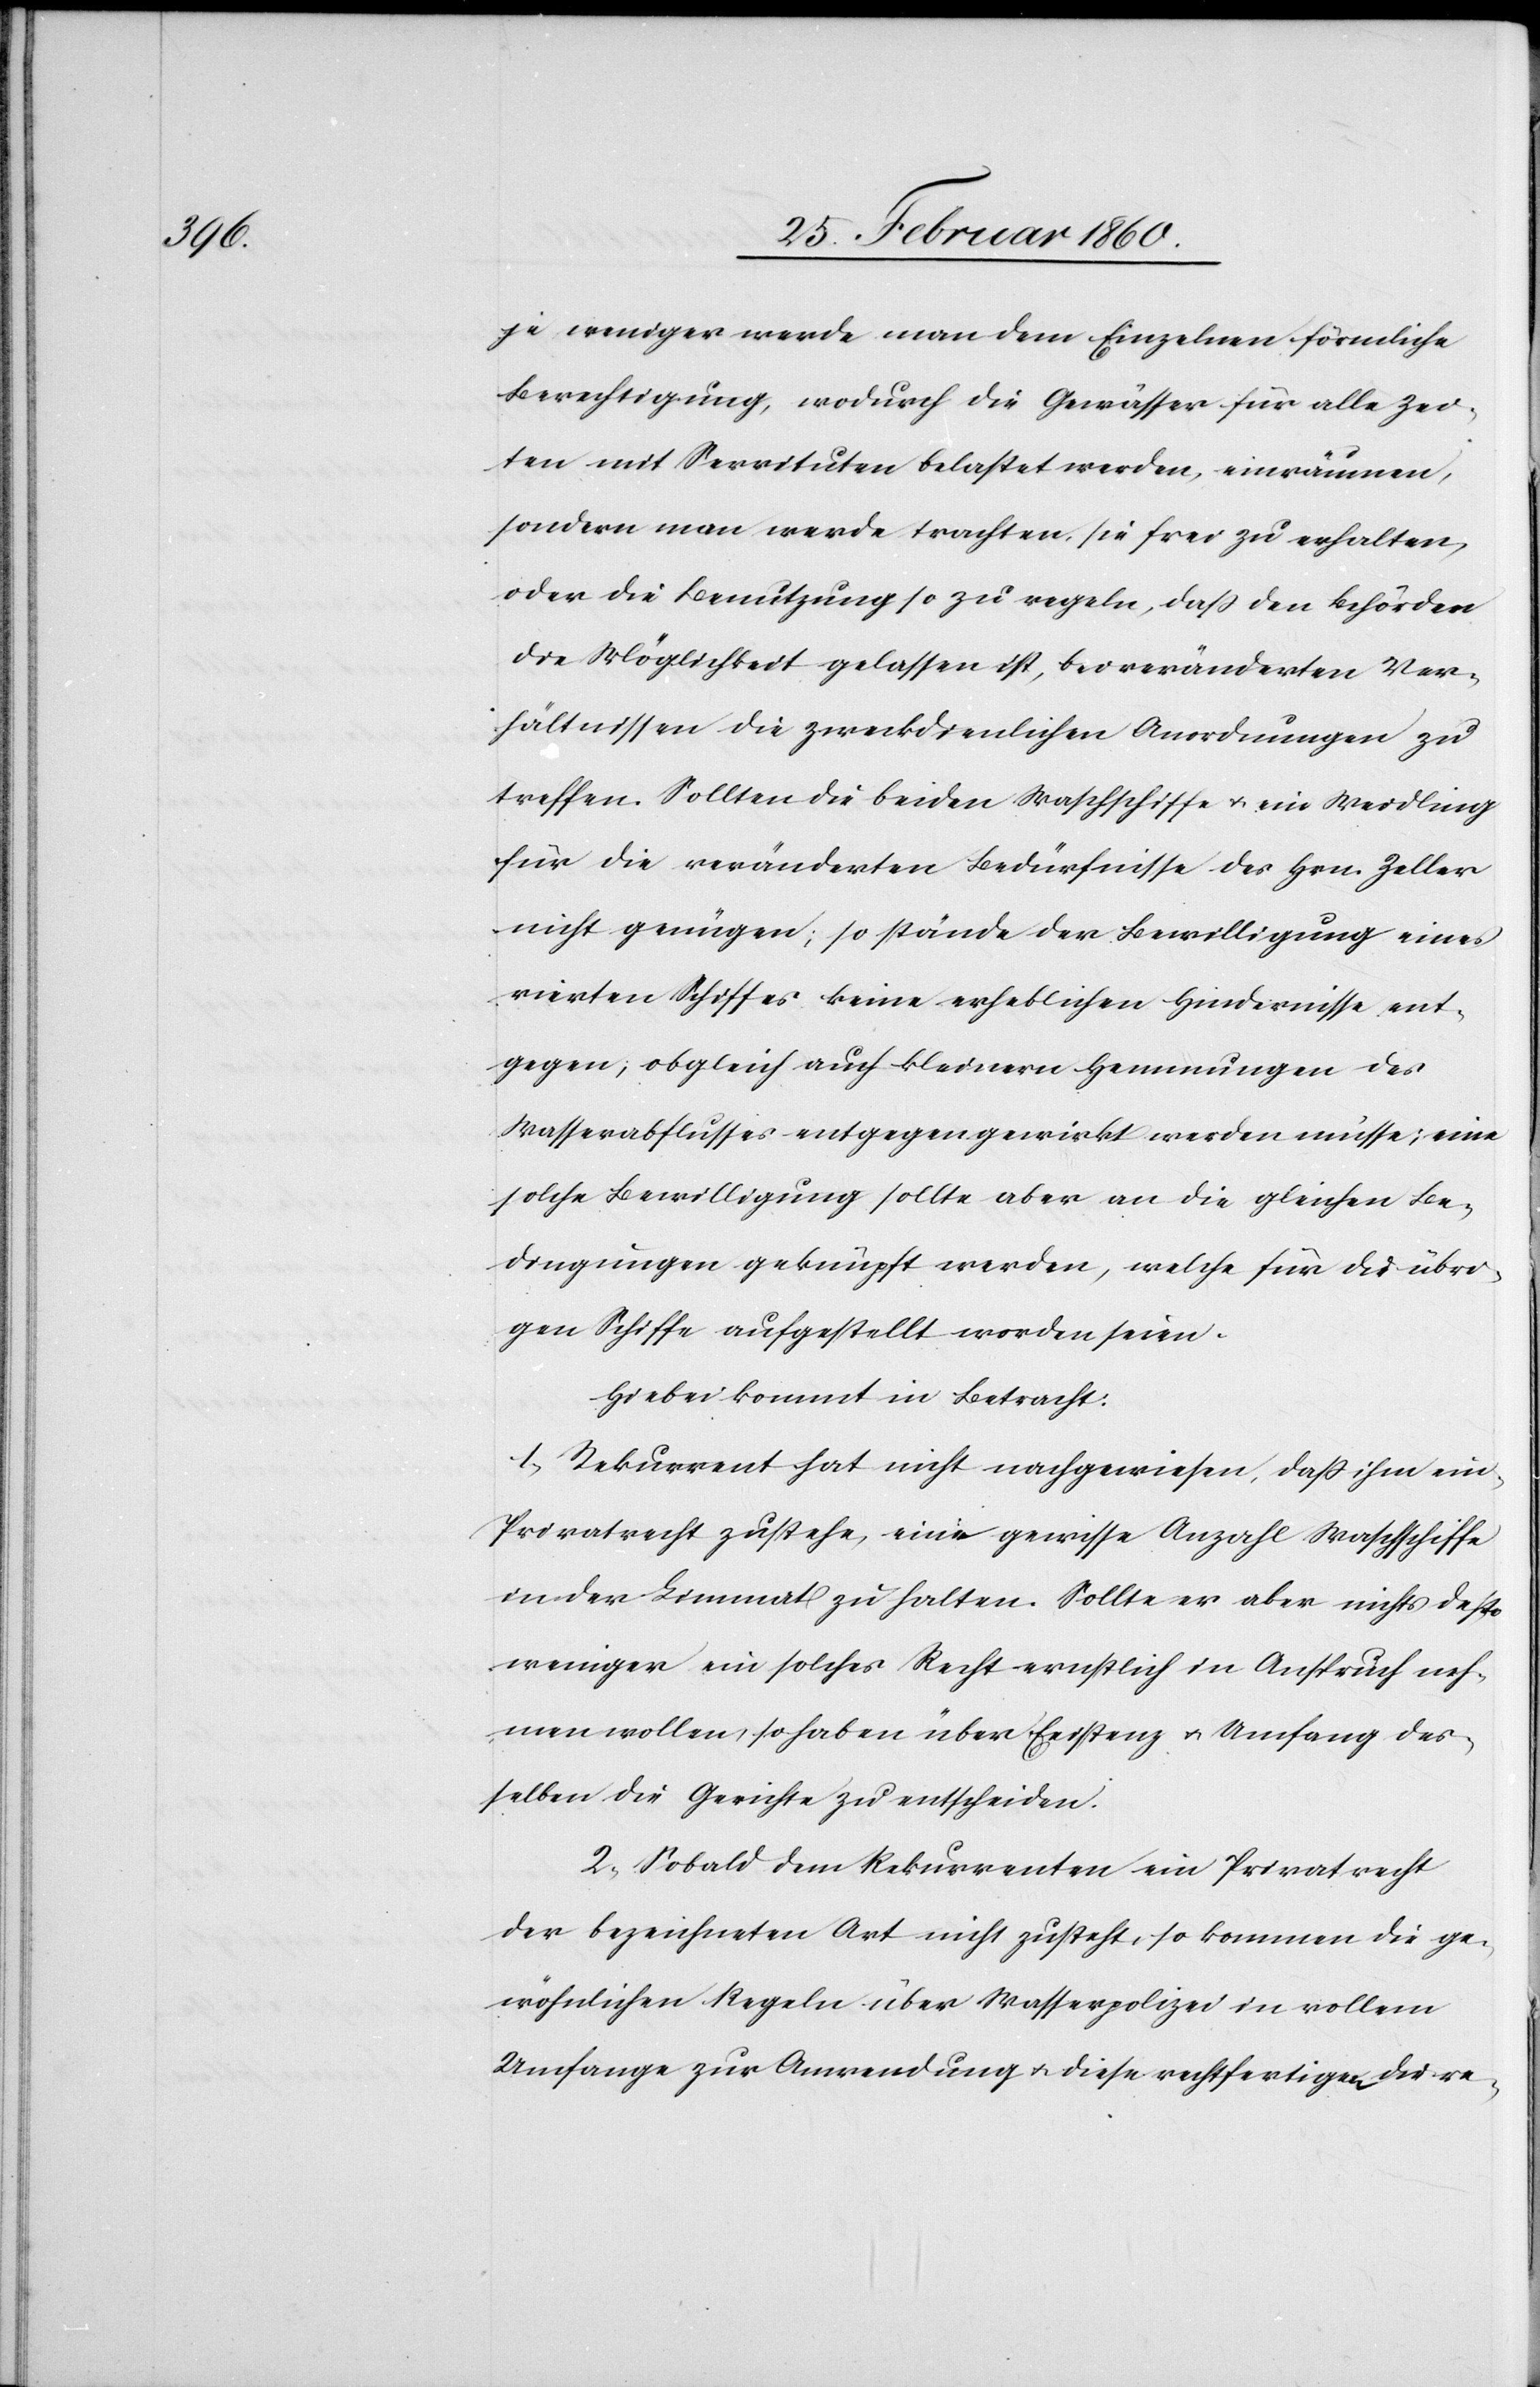
je weniger werde man dem Einzelnen förmliche
Berechtigung, wodurch die Gewässer für alle Zei¬
ten mit Servituten belastet werden, einräumen,
sondern man werde trachten, sie frei zu erhalten,
oder die Benutzung so zu regeln, dass den Behörden
die Möglichkeit gelassen ist, bei veränderten Ver¬
hältnissen die zweckdienliche Anordnungen zu
treffen. Sollten die beiden Waschschiffe u. ein Weidling
für die veränderten Bedürfnisse des Hrn. Zeller
nicht genügen, so stände der Bewilligung eines
vierten Schiffes keine erheblichen Hindernisse ent¬
gegen; obgleich auch kleineren Hemmungen des
Wasserabflusses entgegengewirkt werden müsse; eine
solche Bewilligung sollte aber an die gleichen Be¬
dingungen geknüpft werden, welche für die übri¬
gen Schiffe aufgestellt worden seien.
Hiebei kommt in Betracht:
1. Rekurrent hat nicht nachgewiesen, dass ihm ein
Privatrecht zustehe, eine gewisse Anzahl Waschschiffe
in der Limmat zu halten. Sollte er aber nichts desto
weniger ein solches Recht ernstlich in Anspruch neh¬
men wollen, so haben über Existenz u. Umfang des¬
selben die Gerichte zu entscheiden.
2. Sobald dem Rekurrenten ein Privatrecht
der bezeichneten Art nicht zustehe, so kommen die ge¬
wöhnlichen Regeln über Wasserpolizei in vollem
Umfange zur Anwendung u. diese rechtfertigen die re-